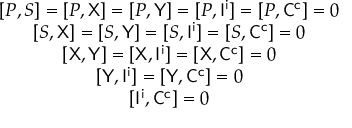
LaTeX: \begin{array} { c } { { [ { \cal P } , S ] = [ { \cal P } , { \sf X } ] = [ { \cal P } , { \sf Y } ] = [ { \cal P } , { \sf I } ^ { \sf i } ] = [ { \cal P } , { \sf C } ^ { \sf c } ] = 0 } } \\ { { [ S , { \sf X } ] = [ S , { \sf Y } ] = [ S , { \sf I } ^ { \sf i } ] = [ S , { \sf C } ^ { \sf c } ] = 0 } } \\ { { [ { \sf X } , { \sf Y } ] = [ { \sf X } , { \sf I } ^ { \sf i } ] = [ { \sf X } , { \sf C } ^ { \sf c } ] = 0 } } \\ { { [ { \sf Y } , { \sf I } ^ { \sf i } ] = [ { \sf Y } , { \sf C } ^ { \sf c } ] = 0 } } \\ { { [ { \sf I } ^ { \sf i } , { \sf C } ^ { \sf c } ] = 0 } } \end{array}